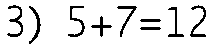
3) 5+7=12